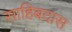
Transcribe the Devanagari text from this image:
साहिबदास